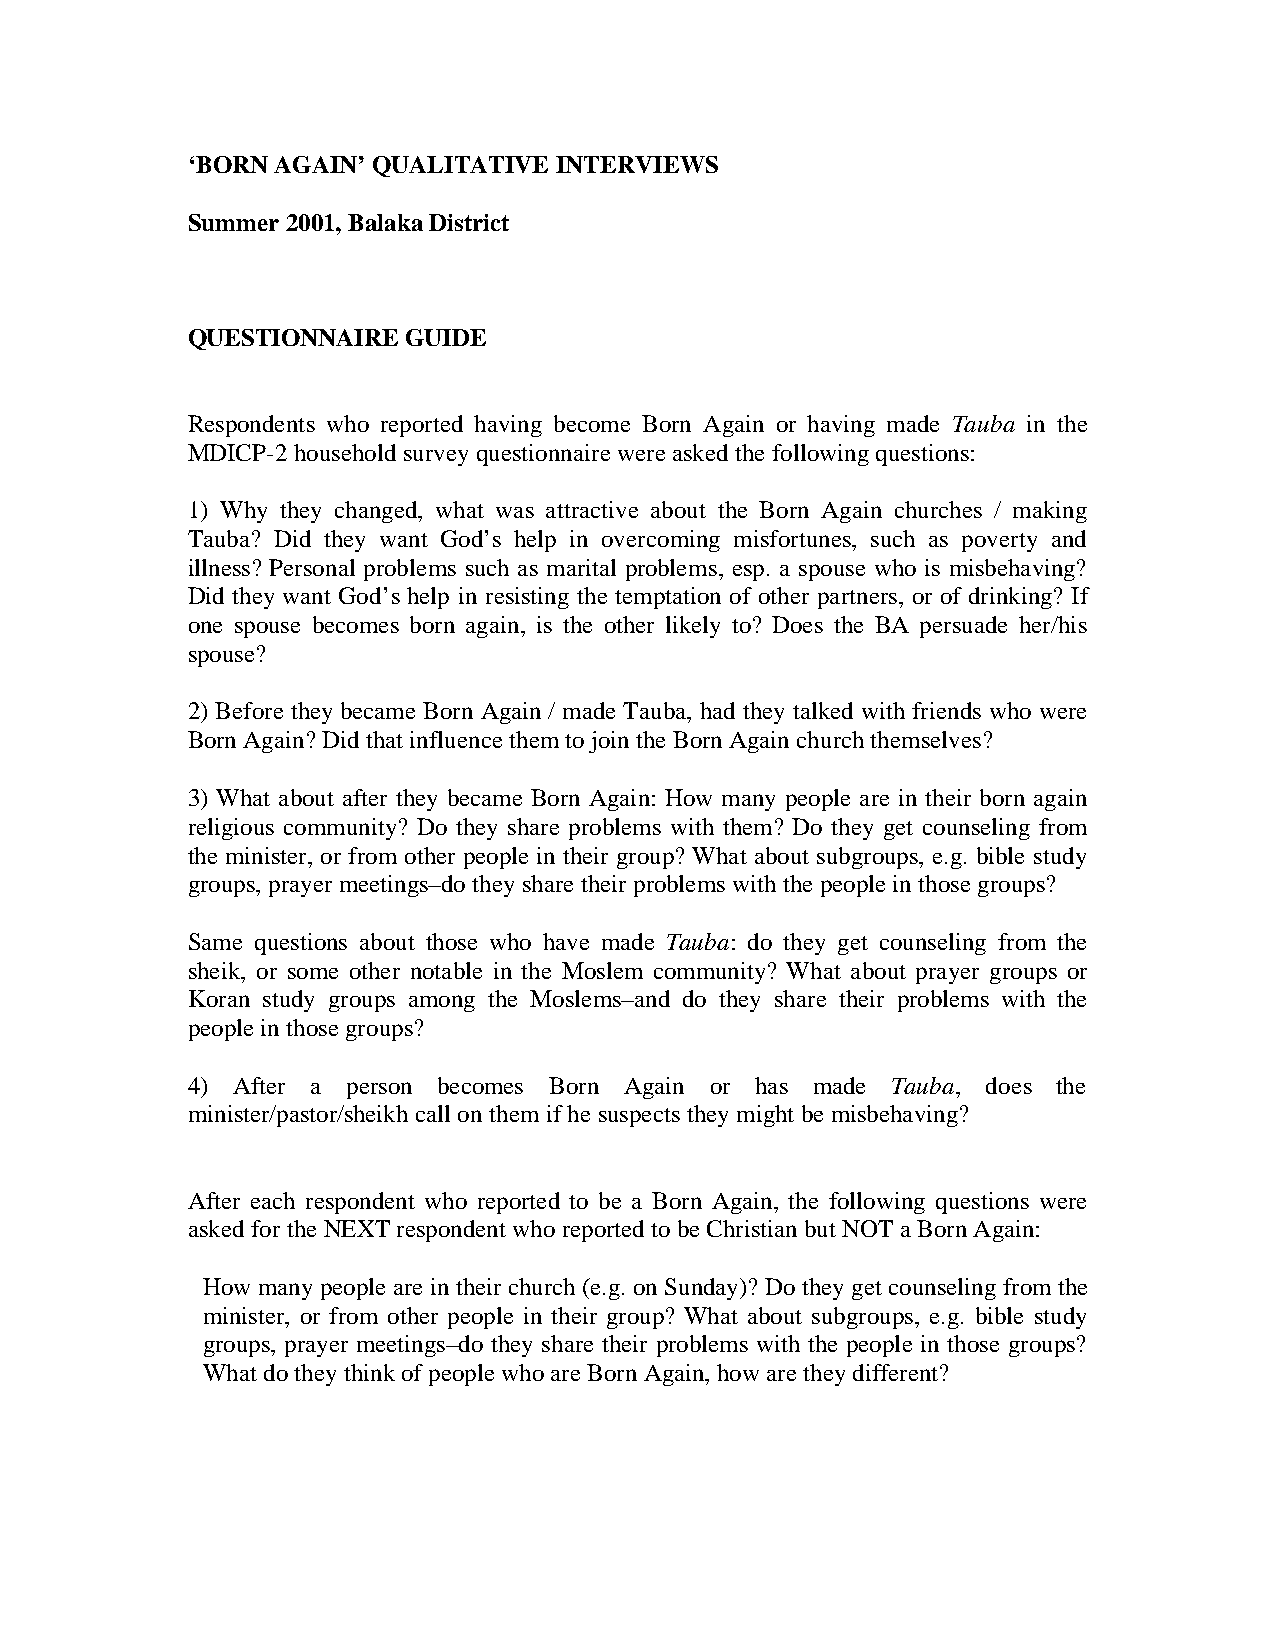
‘BORN AGAIN’ QUALITATIVE INTERVIEWS
 Summer 2001, Balaka District
 QUESTIONNAIRE  GUIDE
 Respondents who reported having become Born Again or having made Tauba in the
 MDICP-2 household survey questionnaire were asked the following questions:
 1) Why they changed, what was attractive about the Born Again churches / making
 Tauba? Did they want God’s help in overcoming misfortunes, such as poverty and
 illness? Personal problems such as marital problems, esp. a spouse who is misbehaving?
 Did they want God’s help in resisting the temptation of other partners, or of drinking? If
 one spouse becomes born again, is the other likely to? Does the BA persuade her/his
 spouse?
 2) Before they became Born Again / made Tauba, had they talked with friends who were
 Born Again? Did that influence them to join the Born Again church themselves?
 3) What about after they became Born Again: How many people are in their born again
 religious community? Do they share problems with them? Do they get counseling from
 the minister, or from other people in their group? What about subgroups, e.g. bible study
 groups, prayer meetings–do they share their problems with the people in those groups?
 Same questions about those who have made Tauba: do they get counseling from the
 sheik, or some other notable in the Moslem community? What about prayer groups or
 Koran study groups among the Moslems–and do they share their problems with the
 people in those groups?
 4) After a person becomes Born Again or has made Tauba, does the
 minister/pastor/sheikh call on them if he suspects they might be misbehaving?
 After each respondent who reported to be a Born Again, the following questions were
 asked for the NEXT respondent who reported to be Christian but NOT a Born Again:
 How many people are in their church (e.g. on Sunday)? Do they get counseling from the
 minister, or from other people in their group? What about subgroups, e.g. bible study
 groups, prayer meetings–do they share their problems with the people in those groups?
 What do they think of people who are Born Again, how are they different?